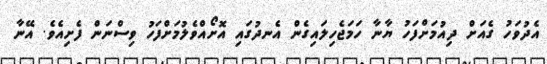
އެދުވަހު ގެއަށް ދިއުމަށްފަހު ޔާނާ ހަމަޖެހިލައިގެން އެނދުގައި އޮށޯއްވެލުމަށްފަހު ވިސްނަން ފެށިއެވެ. އޭނާ